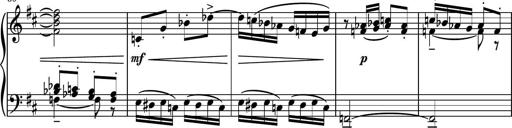
Title: Piano Sonatina No.4
Composer: Dimitri Sykias
Key: D major